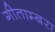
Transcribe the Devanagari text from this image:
गीताम्बरा